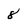
Character: 8